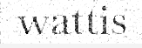
wattis